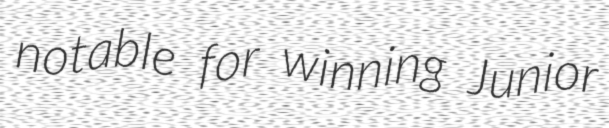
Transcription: notable for winning Junior